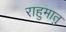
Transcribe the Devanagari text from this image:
राहुमातु